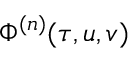
\Phi ^ { ( n ) } ( \tau , u , v )